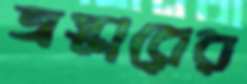
অস্কারের